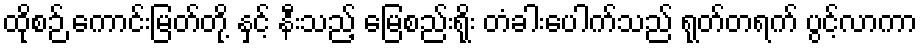
ထိုစဉ် ကောင်းမြတ်တို့ နှင့် နီးသည့် မြေစည်းရိုး တံခါးပေါက်သည် ရုတ်တရက် ပွင့်လာကာ